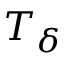
T _ { \delta }